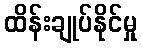
ထိန်းချုပ်နိုင်မှု